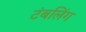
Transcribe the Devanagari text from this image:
टंबलिंग